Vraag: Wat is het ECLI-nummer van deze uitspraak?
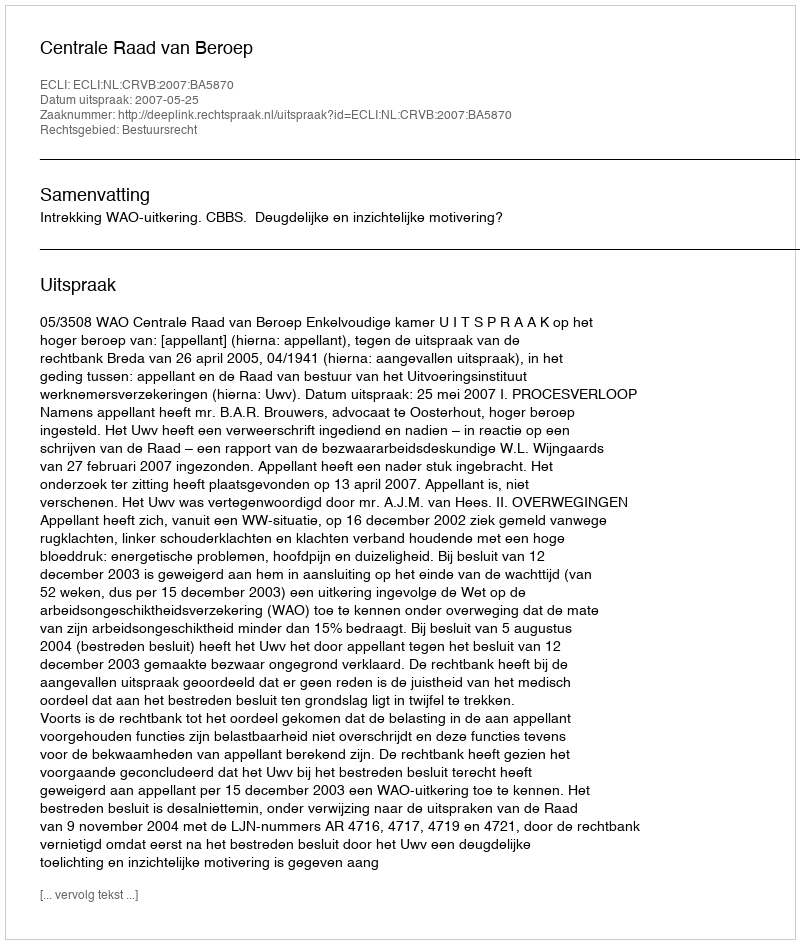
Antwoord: ECLI:NL:CRVB:2007:BA5870